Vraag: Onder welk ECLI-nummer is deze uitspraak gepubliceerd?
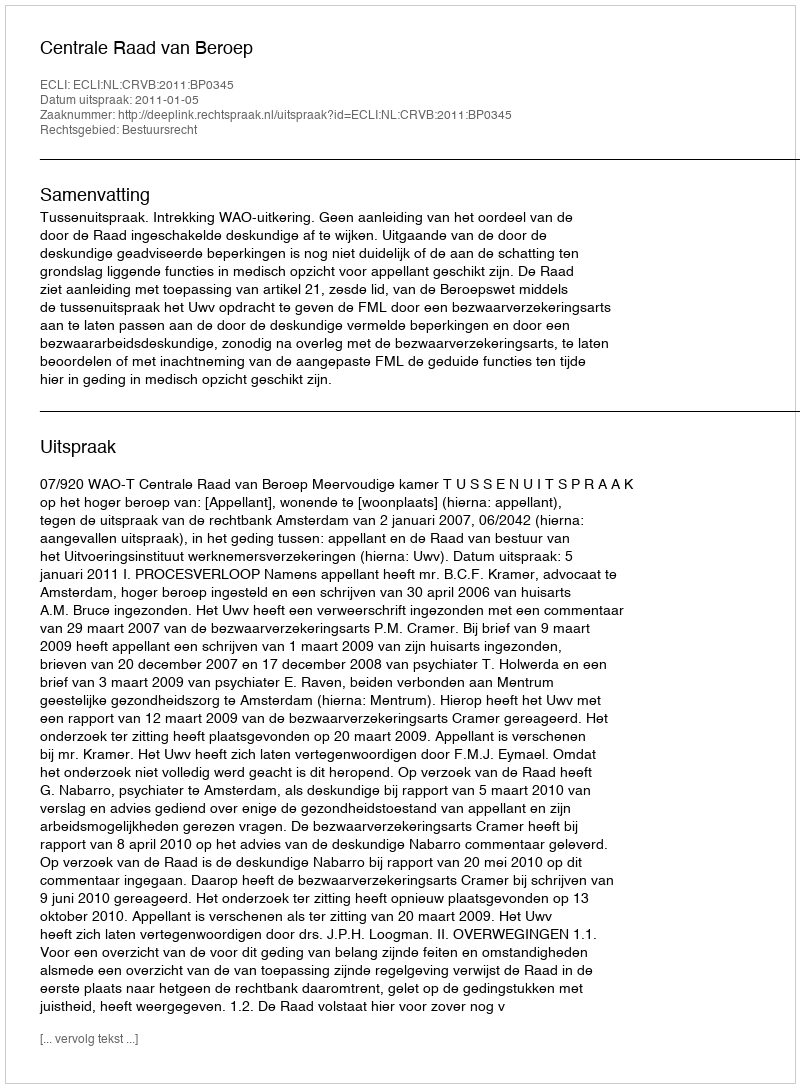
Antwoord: ECLI:NL:CRVB:2011:BP0345